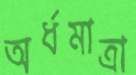
অর্ধমাত্রা